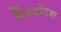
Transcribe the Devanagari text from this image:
बैंकहॉउस